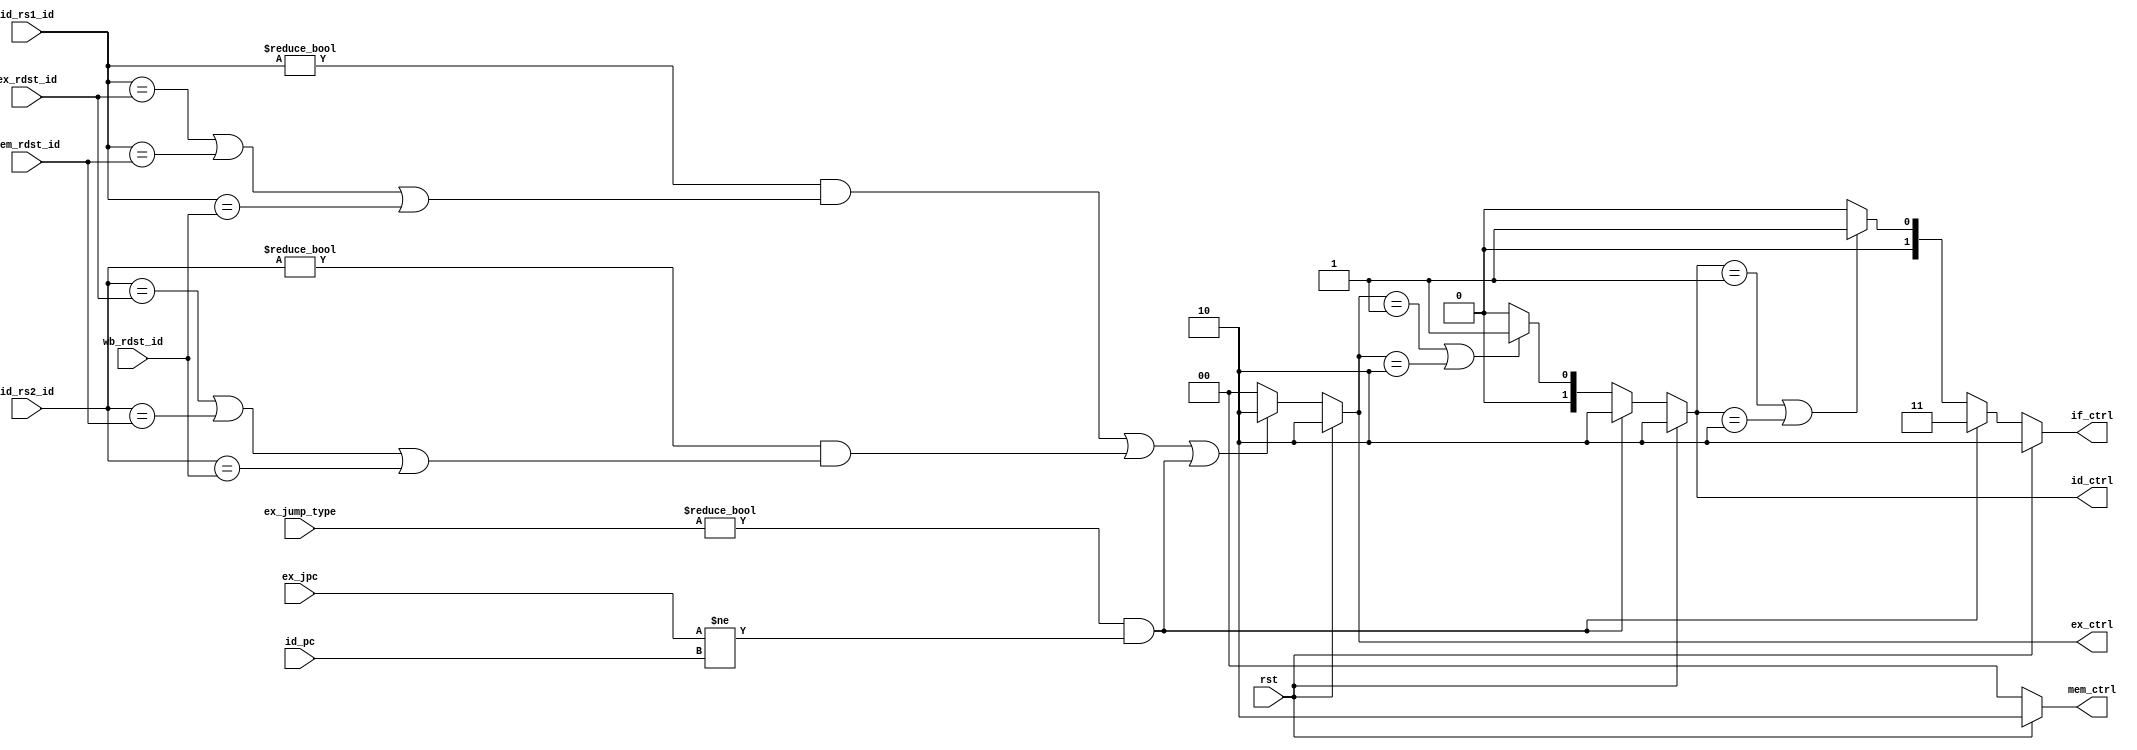
module hazard_ctrl #(
    parameter DWIDTH = 32
) (
    input  rst,
    input  [4:0] id_rs1_id, id_rs2_id, ex_rdst_id, mem_rdst_id, wb_rdst_id,
    input  [2:0] ex_jump_type,
    input  [DWIDTH-1:0] id_pc, ex_jpc,
    output reg [1:0] if_ctrl, id_ctrl, ex_ctrl, mem_ctrl
);

    localparam [1:0] C_PIPE  = 2'b00,
                     C_FLUSH = 2'b10,
                     C_STALL = 2'b01,
                     C_JUMP  = 2'b11;
    // Jump type
    localparam [2:0] J_TYPE_NOP = 3'b000,
                     J_TYPE_BEQ = 3'b001,
                     J_TYPE_JAL = 3'b010,
                     J_TYPE_JR  = 3'b011,
                     J_TYPE_J   = 3'b100;

    wire data_hazard = 
            id_rs1_id != 0 && (id_rs1_id == ex_rdst_id || id_rs1_id == mem_rdst_id || id_rs1_id == wb_rdst_id) ||
            id_rs2_id != 0 && (id_rs2_id == ex_rdst_id || id_rs2_id == mem_rdst_id || id_rs2_id == wb_rdst_id);

    wire control_hazard = ex_jump_type != J_TYPE_NOP && ex_jpc != id_pc;

    always @(*) begin
        if (rst)
            if_ctrl = C_FLUSH;
        else if (control_hazard)
            if_ctrl = C_JUMP;
        else if (id_ctrl == C_STALL || id_ctrl == C_FLUSH)
            if_ctrl = C_STALL;
        else
            if_ctrl = C_PIPE;
    end

    always @(*) begin
        if (rst)
            id_ctrl = C_FLUSH;
        else if (control_hazard)
            id_ctrl = C_FLUSH;
        else if (ex_ctrl == C_STALL || ex_ctrl == C_FLUSH)
            id_ctrl = C_STALL;
        else
            id_ctrl = C_PIPE;
    end

    always @(*) begin
        if (rst)
            ex_ctrl = C_FLUSH;
        else if (data_hazard || control_hazard)
            ex_ctrl = C_FLUSH;
        else
            ex_ctrl = C_PIPE;
    end

    always @(*) begin
        if (rst)
            mem_ctrl = C_FLUSH;
        else
            mem_ctrl = C_PIPE;
    end

endmodule